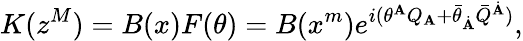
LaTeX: K(z^{M})=B(x)F(\theta)=B(x^{m})e^{i(\theta^{\mathbf{A}}Q_{\mathbf{A}}+\bar{{\theta}}_{\dot{{\mathbf{A}}}}\bar{{Q}}^{\dot{{\mathbf{A}}}})},